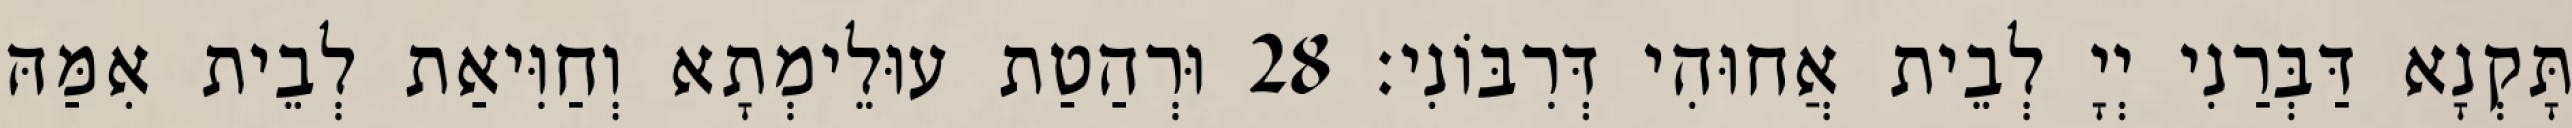
תָּקְנָא דַּבְּרַנִי יְיָ לְבֵית אֲחוּהִי דְּרִבּוֹנִי׃ 28 וּרְהַטַת עוּלֵימְתָא וְחַוִּיאַת לְבֵית אִמַּהּ